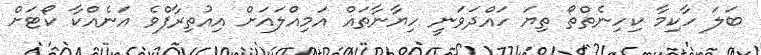
ބަލަ ހާކިމާ ކިހިނެތްތޯ ތިޔަ ހައްދަވަނީ ހިޔާނާތައް އަމިއްލައަށް އިއުތިރާފްވެ އަނެއްކާ ކޯޓަށް